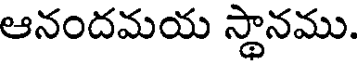
ఆనందమయ స్థానము.